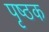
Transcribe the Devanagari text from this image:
पृष्ठक